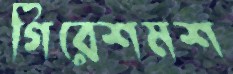
গিরেশমশ